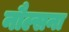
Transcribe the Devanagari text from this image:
नौल्सना